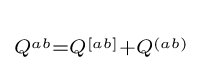
{}_{Q^{ab}=Q^{[ab]}+Q^{(ab)}}